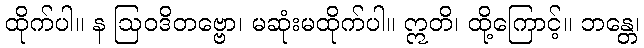
ထိုက်ပါ။ န ဩဝဒိတဗ္ဗော၊ မဆုံးမထိုက်ပါ။ ဣတိ၊ ထို့ကြောင့်။ ဘန္တေ၊